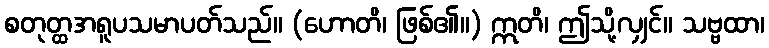
စတုတ္ထအရူပသမာပတ်သည်။ (ဟောတိ၊ ဖြစ်၏။) ဣတိ၊ ဤသို့လျှင်။ သဗ္ဗထာ၊